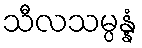
သီလသမ္ပန္နံ